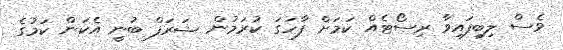
ވެސް ލިބިފައިވާ ރިސޯޓެއް ކަމަށް ފާހަގަ ކުރަމުން ޝަރަފް ބުނީ އެކަން ކަމުގެ